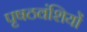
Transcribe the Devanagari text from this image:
पृषठवंशियों